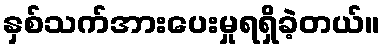
နှစ်သက်အားပေးမှုရရှိခဲ့တယ်။